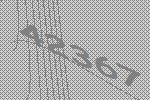
42367